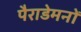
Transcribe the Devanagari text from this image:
पैराडेमनों